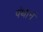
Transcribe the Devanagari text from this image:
पंथानं